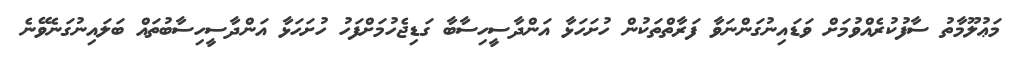
މަޢުލޫމާތު ސާފުކުރެއްވުމަށް ވަޑައިނުގަންނަވާ ފަރާތްތަކުން ހުށަހަޅާ އަންދާސީހިސާބާ ގަޑިޖެހުމަށްފަހު ހުށަހަޅާ އަންދާސީހިސާބުތައް ބަލައިނުގަނެވޭނެ